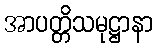
အာပတ္တိသမုဋ္ဌာနာ